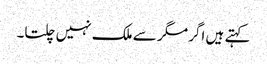
کہتے ہیں اگر مگر سے ملک نہیں چلتا۔